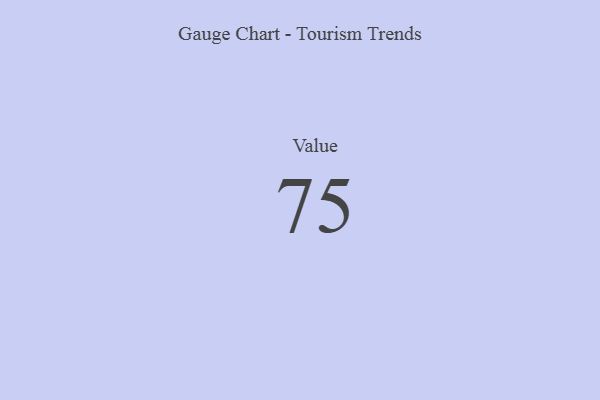
{"axis": {"x": "Metric", "y": "Value"}, "legend": [""], "data": [{"x": "Value", "y": 75, "type": ""}]}